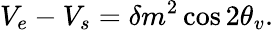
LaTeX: V_{e}-V_{s}=\delta m^{2}\cos{2\theta_{v}}.